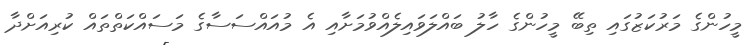
މީހުންގެ މަރުކަޒުގައި ތިބޭ މީހުންގެ ހާލު ބައްލަވައިލެއްވުމަށާއި އެ މުއައްސަސާގެ މަސައްކަތްތައް ކުރިއަށްދާ